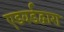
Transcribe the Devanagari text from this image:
एडवर्डद्वारा